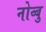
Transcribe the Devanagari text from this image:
नोव्बु